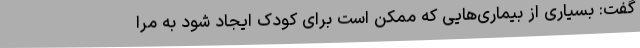
گفت: بسیاری از بیماری‌هایی که ممکن است برای کودک ایجاد شود به مرا